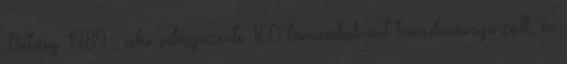
Betzig 1989 , aki világszerte 160 társadalmat tanulmányozott, és